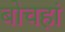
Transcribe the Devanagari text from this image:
बोचहां